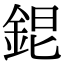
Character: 𨦆